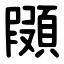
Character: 䫗